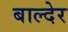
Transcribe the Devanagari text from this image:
बाल्देर